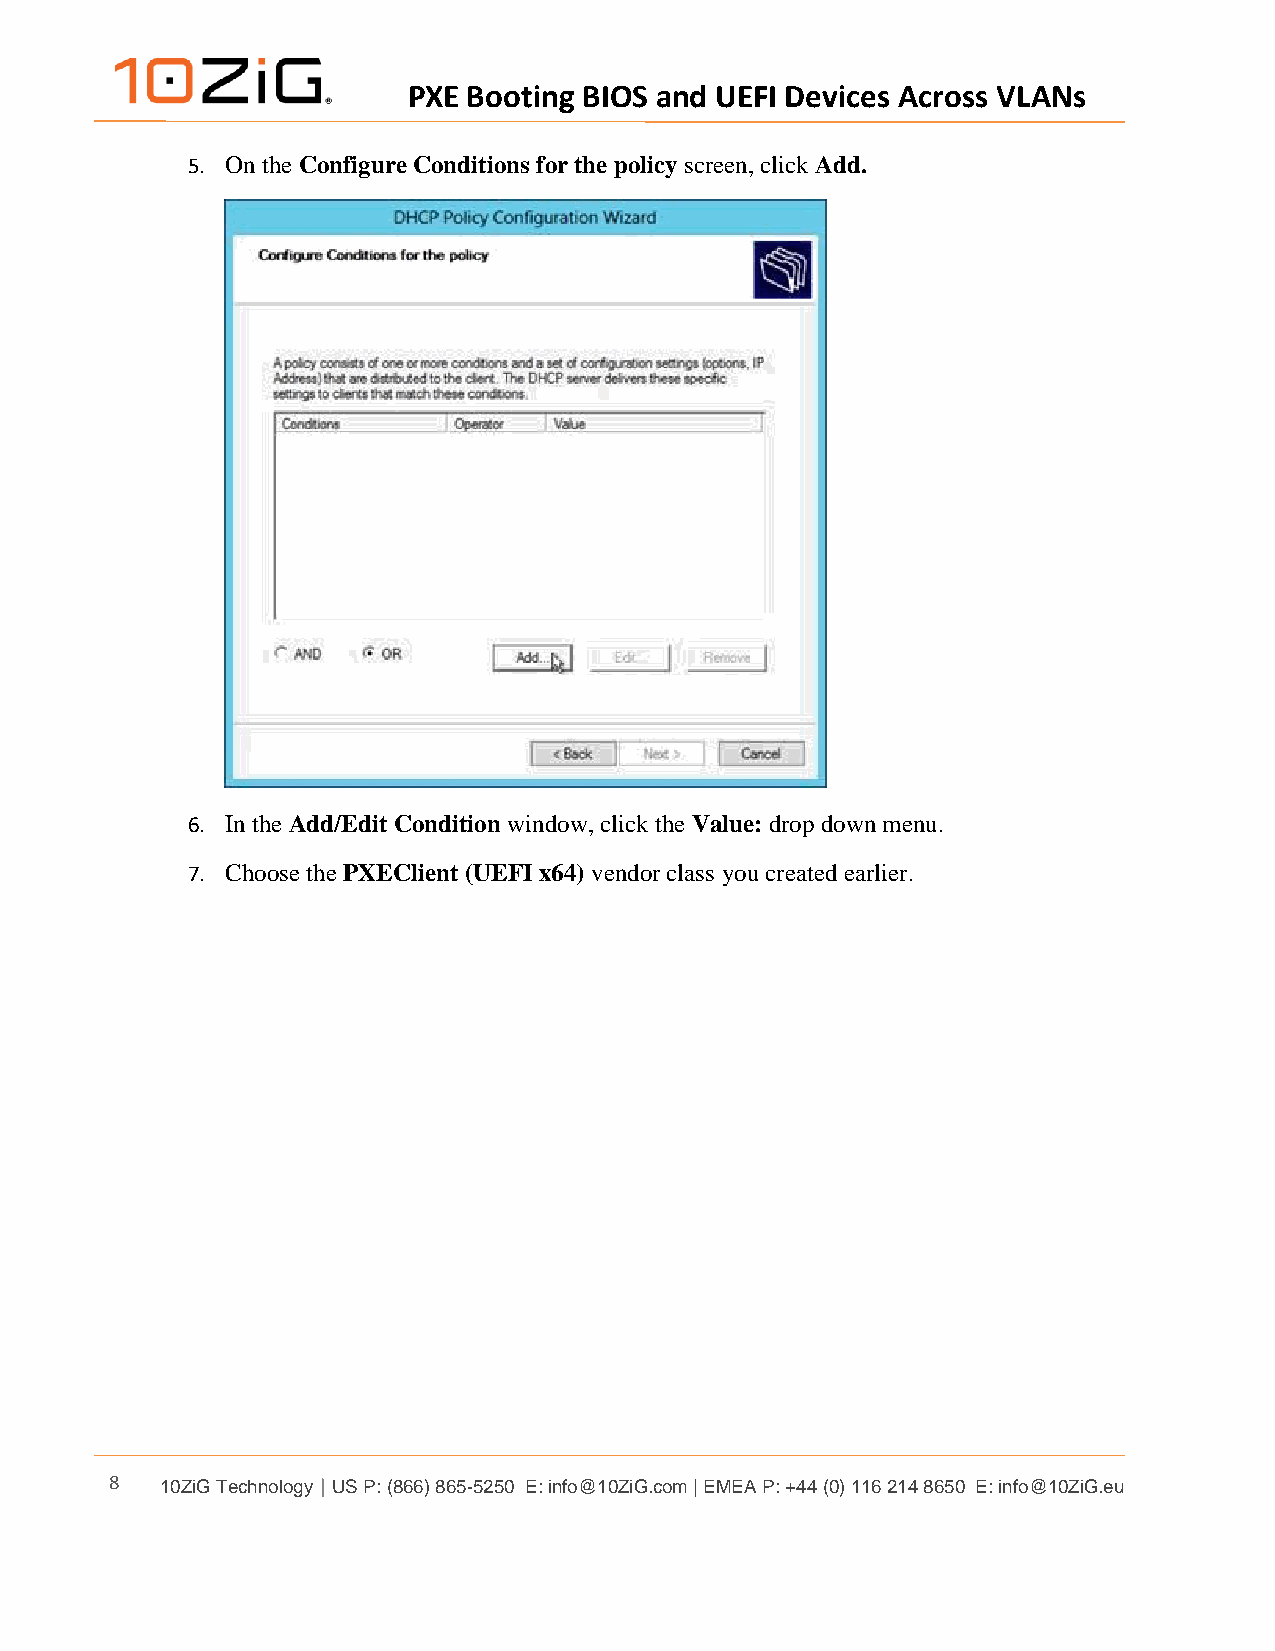
PXE Booting BIOS and UEFI Devices Across VLANs
 5. On the Configure Conditions for the policy screen, click Add.
 6. In the Add/Edit Condition window, click the Value: drop down menu.
 7. Choose the PXEClient (UEFI x64) vendor class you created earlier.
 8   10ZiG Technology | US P: (866) 865-5250 E: info@10ZiG.com | EMEA P: +44 (0) 116 214 8650 E: info@10ZiG.eu